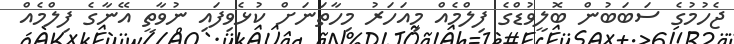
ޖެހުމުގެ ސަބަބުން ބޮލީވުޑްގެ ފިލްމެއް މިއަހަރު މިހާތަނަށް ކުޅެވިފައި ނުވާތީ އޭނާގެ ފިލްމެއް